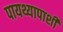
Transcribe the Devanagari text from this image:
पायथ्यापाशी